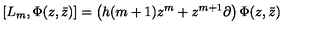
[ L _ { m } , \Phi ( z , \bar { z } ) ] = \left( h ( m + 1 ) z ^ { m } + z ^ { m + 1 } \partial \right) \Phi ( z , \bar { z } )